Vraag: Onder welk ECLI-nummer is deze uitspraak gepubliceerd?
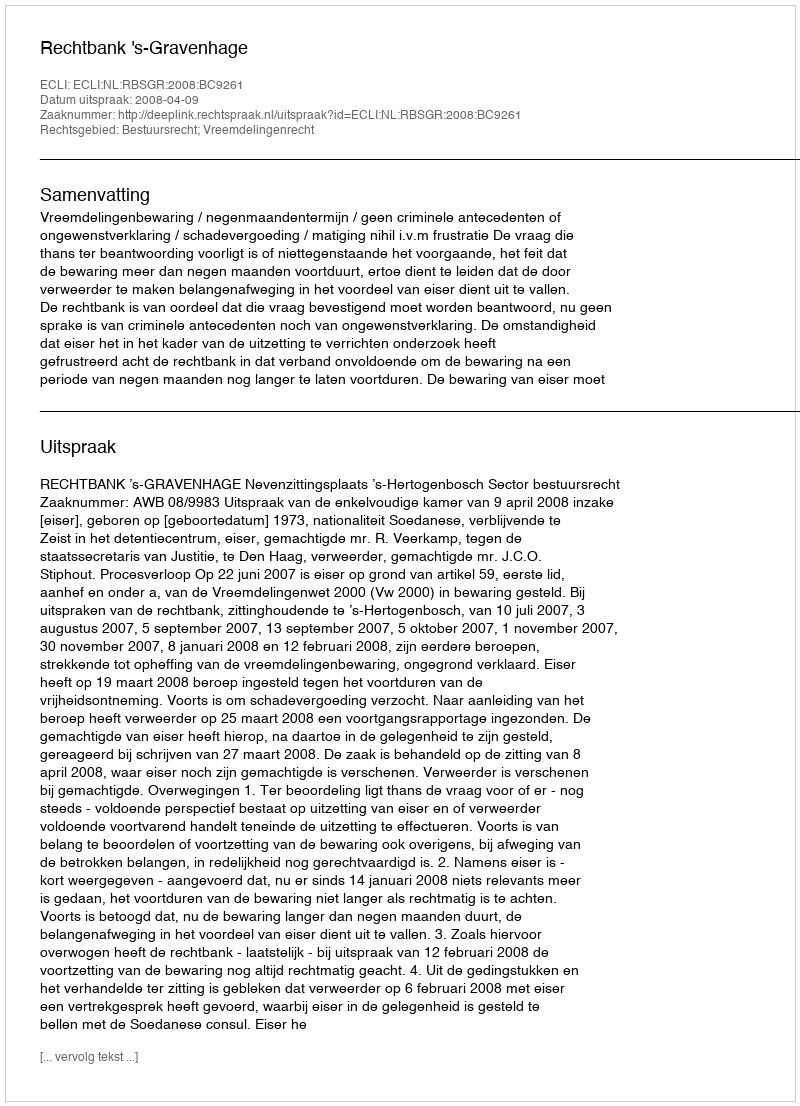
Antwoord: ECLI:NL:RBSGR:2008:BC9261